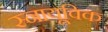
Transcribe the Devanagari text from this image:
स्नायूविक